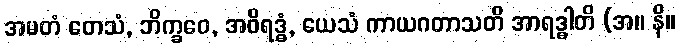
အမတံ တေသံ, ဘိက္ခဝေ, အဝိရဒ္ဓံ, ယေသံ ကာယဂတာသတိ အာရဒ္ဓါတိ (အ။ နိ။